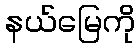
နယ်မြေကို